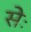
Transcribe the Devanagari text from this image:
सेः